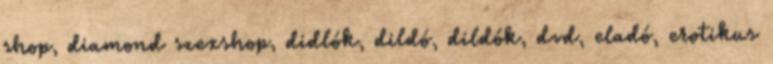
shop, diamond szexshop, didlók, dildó, dildók, dvd, eladó, erotikus